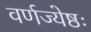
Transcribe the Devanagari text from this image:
वर्णज्येष्ठः